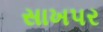
સાખપર